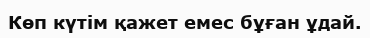
Көп күтім қажет емес бұған ұдай.